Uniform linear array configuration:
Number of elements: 32
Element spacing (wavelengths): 0.75
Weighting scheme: uniform
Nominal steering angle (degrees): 30
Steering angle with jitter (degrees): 28.084
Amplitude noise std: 0.05
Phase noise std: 0.05

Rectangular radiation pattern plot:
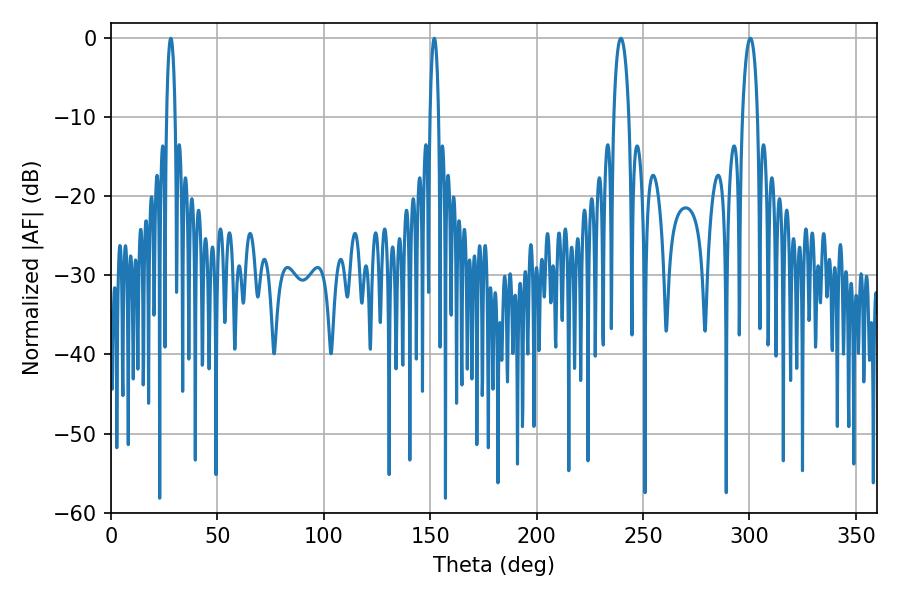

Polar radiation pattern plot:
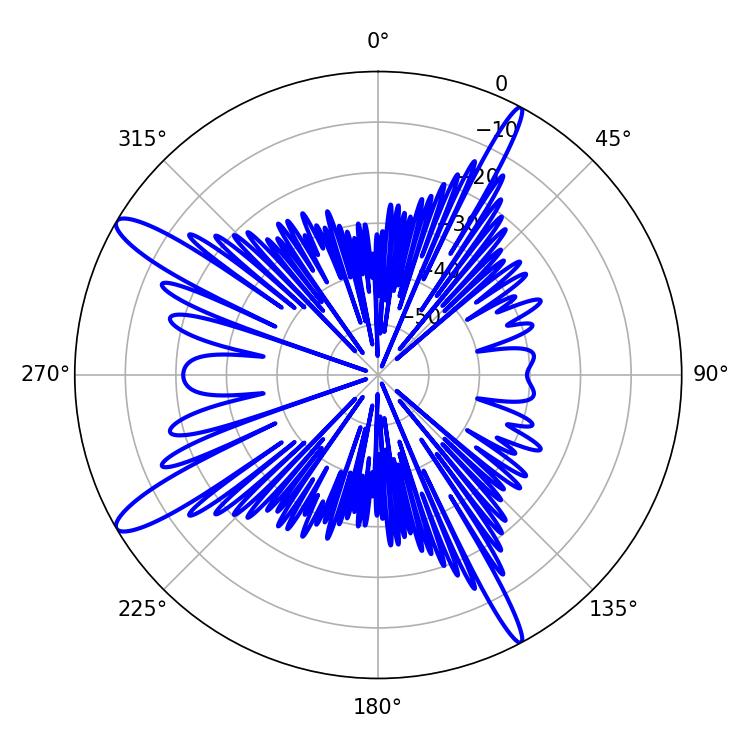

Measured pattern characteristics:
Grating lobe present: TRUE
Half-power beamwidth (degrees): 4.14
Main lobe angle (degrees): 239.58